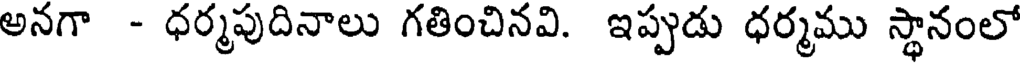
అనగా - ధర్మపుదినాలు గతించినవి. ఇప్పుడు ధర్మము స్థానంలో